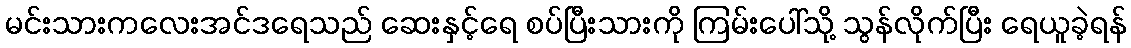
မင်းသားကလေးအင်ဒရေသည် ဆေးနှင့်ရေ စပ်ပြီးသားကို ကြမ်းပေါ်သို့ သွန်လိုက်ပြီး ရေယူခဲ့ရန်